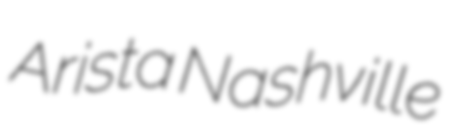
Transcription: Arista Nashville